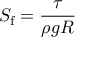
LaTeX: S _ { \mathrm { f } } = { \frac { \tau } { \rho g R } }